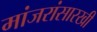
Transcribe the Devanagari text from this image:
मांजरांसारखी